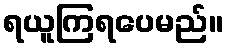
ရယူကြရပေမည်။